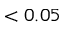
< 0 . 0 5